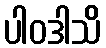
ပါဝဒါသိ